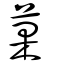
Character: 菓